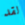
لقد